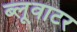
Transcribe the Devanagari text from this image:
ब्लूवाटर